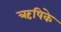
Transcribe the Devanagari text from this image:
ऋषिके